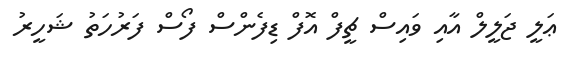
ޢަލީ ޖަލީލް އާއި ވައިސް ޗީފް އޮފް ޑިފެންސް ފޯސް ފަރުހަތު ޝަހީރު